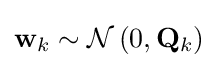
\mathbf {w} _{k}\sim {\mathcal {N}}\left(0,\mathbf {Q} _{k}\right)